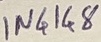
Text: IN4148